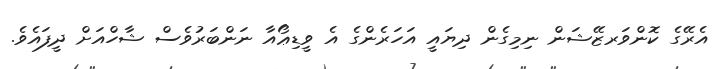
އެރޭގެ ކޮންވަރޒޭޝަން ނިމިގެން ދިޔައީ އަހަރެންގެ އެ ވީޑިޢޯއާ ނަންބަރުވެސް ޝާހްއަށް ދީފައެވެ.